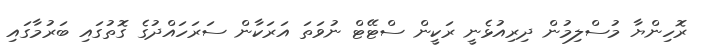
ރޮހިންޔާ މުސްލިމުން ދިރިއުޅެނީ ރަކީން ސްޓޭޓް ނުވަތަ އަރަކާން ސަރަހައްދުގެ ގޮތުގައި ބަރުމާގައި